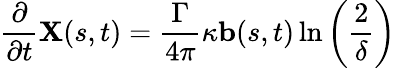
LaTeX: \frac{\partial}{\partial t}\mathbf{X}(s,t)=\frac{\Gamma}{4\pi}\kappa\mathbf{b}(s,t)\ln\bigg(\frac{2}{\delta}\bigg)